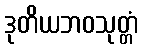
ဒုတိယဘဝသုတ္တံ